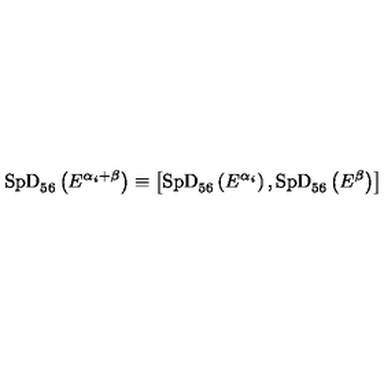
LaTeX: \mathrm { S p D } _ { 5 6 } \left( E ^ { \alpha _ { i } + \beta } \right) \equiv \left[ \mathrm { S p D } _ { 5 6 } \left( E ^ { \alpha _ { i } } \right) , \mathrm { S p D } _ { 5 6 } \left( E ^ { \beta } \right) \right]